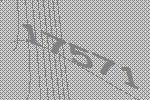
17571